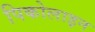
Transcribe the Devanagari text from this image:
पिकोलाइन